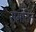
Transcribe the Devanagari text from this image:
समर्तित